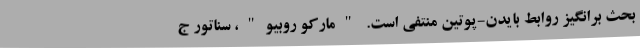
بحث‌ برانگیز روابط بایدن-پوتین منتفی است. "مارکو روبیو"، سناتور ج